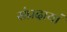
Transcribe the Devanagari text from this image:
संप्रदायां